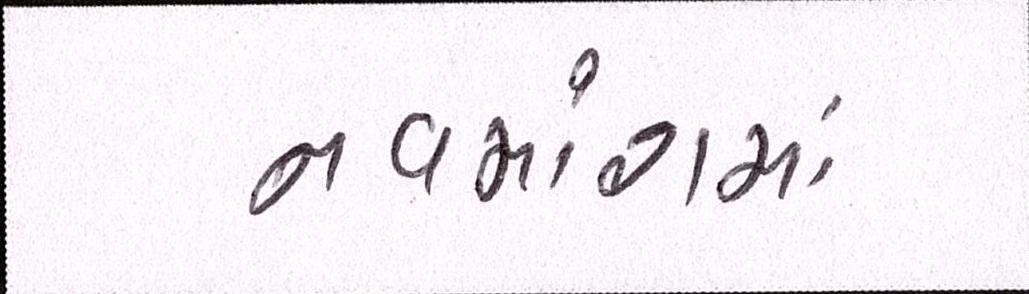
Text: નવમાંશમાં